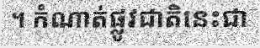
។ កំណាត់ផ្លូវជាតិនេះជា